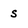
Character: S